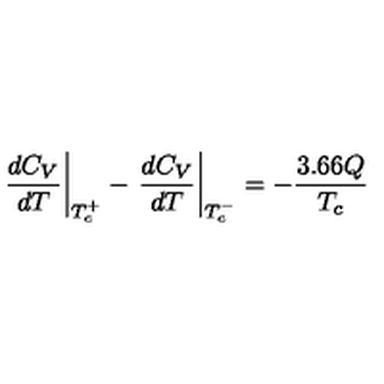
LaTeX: \left. \frac { d C _ { V } } { d T } \right| _ { T _ { c } ^ { + } } - \left. \frac { d C _ { V } } { d T } \right| _ { T _ { c } ^ { - } } = - \frac { 3 . 6 6 Q } { T _ { c } }